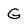
Character: G